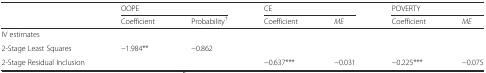
<table><thead><tr><td></td><td colspan="2"><b>OOPE</b></td><td colspan="2"><b>CE</b></td><td colspan="2"><b>POVERTY</b></td></tr><tr><td></td><td><b>Coefficient</b></td><td><b>Probability<sup>†</sup></b></td><td><b>Coefficient</b></td><td><b><i>ME</i></b></td><td><b>Coefficient</b></td><td><b><i>ME</i></b></td></tr></thead><tbody><tr><td>IV estimates</td><td></td><td></td><td></td><td></td><td></td><td></td></tr><tr><td>2-Stage Least Squares</td><td>−1.984**</td><td>−0.862</td><td></td><td></td><td></td><td></td></tr><tr><td>2-Stage Residual Inclusion</td><td></td><td></td><td>−0.637***</td><td>−0.031</td><td>−0.225***</td><td>−0.075</td></tr></tbody></table>